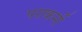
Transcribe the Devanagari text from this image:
पराकर्मी